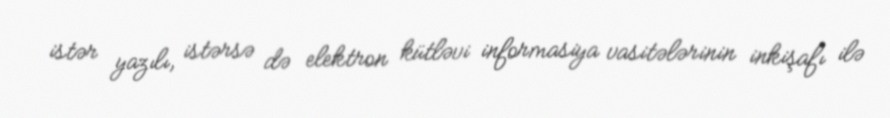
istər yazılı, istərsə də elektron kütləvi informasiya vasitələrinin inkişafı ilə